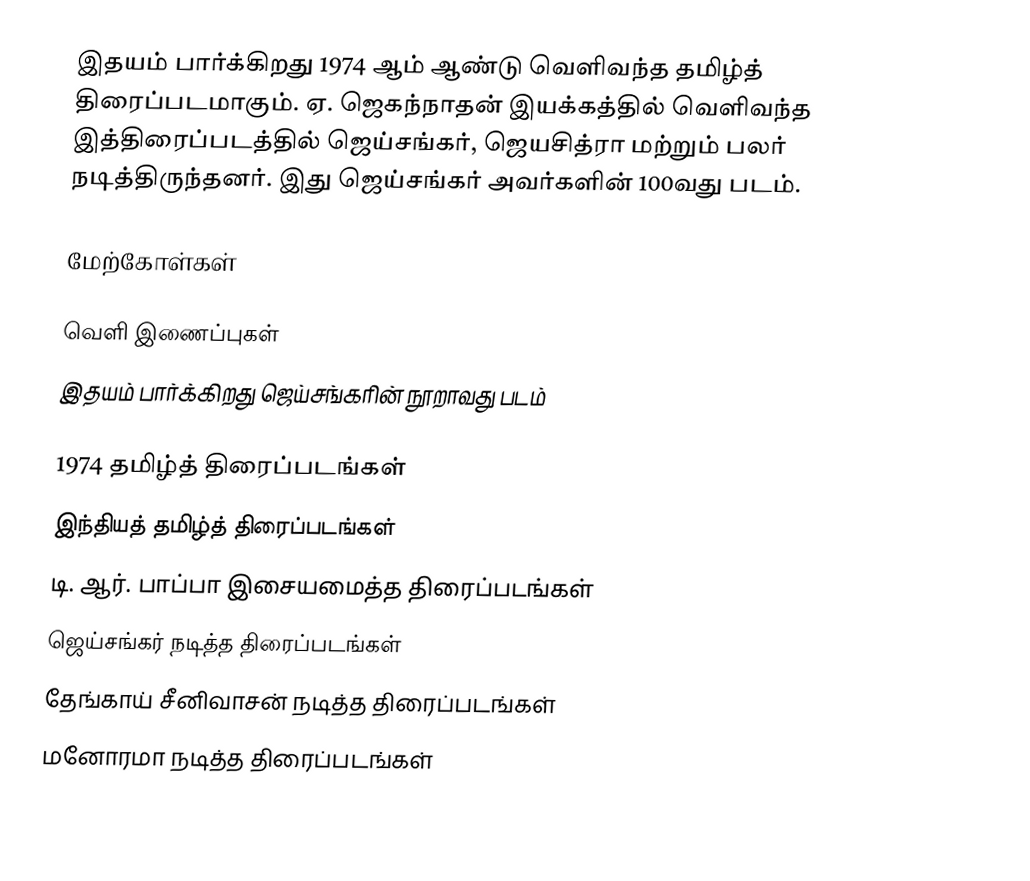
இதயம் பார்க்கிறது 1974 ஆம் ஆண்டு வெளிவந்த தமிழ்த் திரைப்படமாகும். ஏ. ஜெகந்நாதன் இயக்கத்தில் வெளிவந்த இத்திரைப்படத்தில் ஜெய்சங்கர், ஜெயசித்ரா மற்றும் பலர் நடித்திருந்தனர். இது ஜெய்சங்கர் அவர்களின் 100வது படம்.

மேற்கோள்கள்

வெளி இணைப்புகள்
இதயம் பார்க்கிறது ஜெய்சங்கரின் நூறாவது படம்

1974 தமிழ்த் திரைப்படங்கள்
இந்தியத் தமிழ்த் திரைப்படங்கள்
டி. ஆர். பாப்பா இசையமைத்த திரைப்படங்கள்
ஜெய்சங்கர் நடித்த திரைப்படங்கள்
தேங்காய் சீனிவாசன் நடித்த திரைப்படங்கள்
மனோரமா நடித்த திரைப்படங்கள்